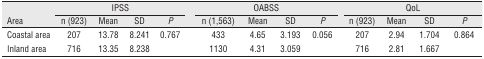
|  | <COLSPAN=4> IPSS | <COLSPAN=4> OABSS | <COLSPAN=4> QoL |
 | Area | n (923) | Mean | SD | P | n (1,563) | Mean | SD | P | n (923) | Mean | SD | P |
 | --- | --- | --- | --- | --- | --- | --- | --- | --- | --- | --- | --- | --- |
 | Coastal area | 207 | 13.78 | 8.241 | 0.767 | 433 | 4.65 | 3.193 | 0.056 | 207 | 2.94 | 1.704 | 0.864 |
 | Inland area | 716 | 13.35 | 8.238 |  | 1130 | 4.31 | 3.059 |  | 716 | 2.81 | 1.667 |  |